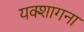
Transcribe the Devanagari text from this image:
यक्शागना